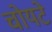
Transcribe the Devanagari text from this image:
चोयटे